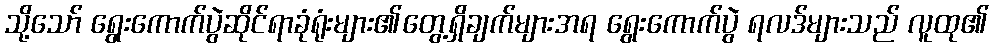
သို့သော် ရွေးကောက်ပွဲဆိုင်ရာခုံရုံးများ၏တွေ့ရှိချက်များအရ ရွေးကောက်ပွဲ ရလဒ်များသည် လူထု၏